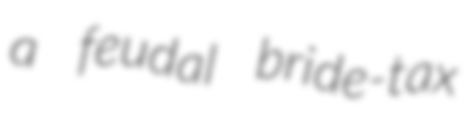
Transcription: a feudal bride-tax